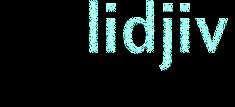
lidjiv